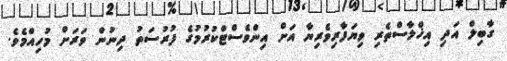
ގާބިލް އަދި އިޚްލާސްތެރި ވިޔަފާރިވެރިޔާ އަށް އިންވެސްޓްކުރުމުގެ ފުރުސަތު ދިނުން ވަރަށް މުހިއްމެވެ.